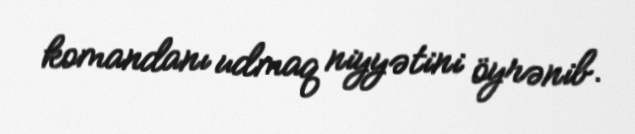
komandanı udmaq niyyətini öyrənib.